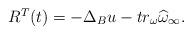
LaTeX: \begin{align*}\begin{array}[c]{c}R^{T}(t)=-\Delta_{B}u-tr_{\omega}\widehat{\omega}_{\infty}.\end{array}\end{align*}